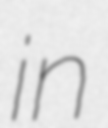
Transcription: in